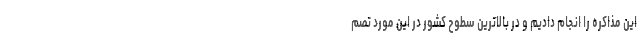
این مذاکره را انجام دادیم و در بالاترین سطوح کشور در این مورد تصم